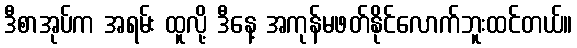
ဒီစာအုပ်က အရမ်း ထူလို့ ဒီနေ့ အကုန်မဖတ်နိုင်လောက်ဘူးထင်တယ်။